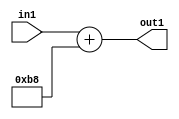
`timescale 1ps / 1ps
/*****************************************************************************
    Verilog RTL Description
    
    
    Created by: Stratus DpOpt 2019.1.01 
*******************************************************************************/

module DC_Filter_Add_12U_6_1 (
	in1,
	out1
	); /* architecture "behavioural" */ 
input [11:0] in1;
output [11:0] out1;
wire [11:0] asc001;

assign asc001 = 
	+(in1)
	+(12'B000010111000);

assign out1 = asc001;
endmodule

/* CADENCE  urn5TQs= : u9/ySgnWtBlWxVPRXgAZ4Og= ** DO NOT EDIT THIS LINE ******/